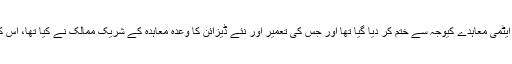
اسی طرح اراک کے بھاری پانی کا جو ایٹمی ری ایکٹر ایٹمی معاہدے کیوجہ سے ختم کر دیا گیا تھا اور جس کی تعمیر اور نئے ڈیزائن کا وعدہ معاہدہ کے شریک ممالک نے کیا تھا، اس کی نئے ڈیزائن کے ساتھ دوبارہ تعمیر شروع کر دے گا۔